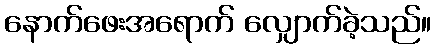
နောက်ဖေးအရောက် လျှောက်ခဲ့သည်။